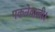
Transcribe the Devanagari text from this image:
पकनेवाली।